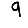
Digit: 9